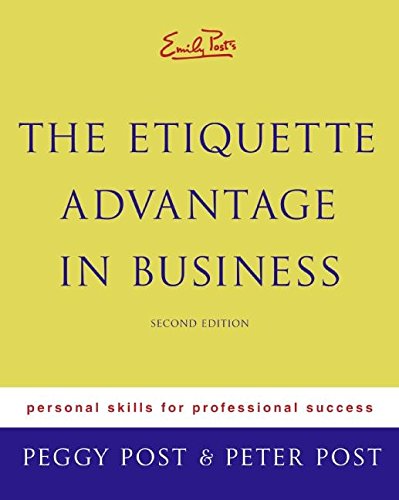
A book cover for Emily Post's The Etiquette Advantage in Business: Personal Skills for Professional Success, Second Edition; Peggy Post; Business & Money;